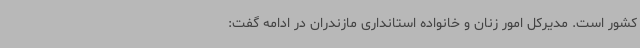
کشور است. مدیرکل امور زنان و خانواده استانداری مازندران در ادامه گفت: